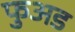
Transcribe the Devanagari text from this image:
फुअड